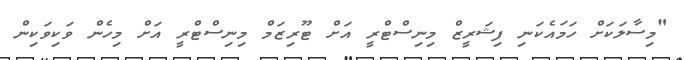
"މިސާލަކަށް ހަމައެކަނި ފިޝަރީޒް މިނިސްޓްރީ އަށް ޓޫރިޒަމް މިނިސްޓްރީ އަށް މިހެން ވަކިވަކިން